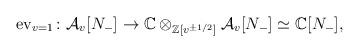
LaTeX: \begin{align*}\mathrm{ev}_{v=1}\colon \mathcal{A}_v[N_-]\to \mathbb{C}\otimes_{\mathbb{Z}[v^{\pm 1/2}]}\mathcal{A}_v[N_-]\simeq \mathbb{C}[N_-], \end{align*}